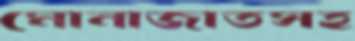
মোনাজাতসহ